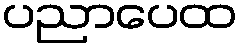
ပညာပေထ